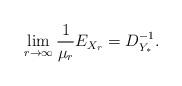
LaTeX: \begin{align*}\lim_{r\to\infty}\frac{1}{\mu_r}E_{X_r}=D_{Y_{\ast}}^{-1}.\end{align*}